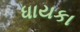
ધાયકા